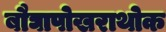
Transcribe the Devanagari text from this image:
बौघापोखराथोक